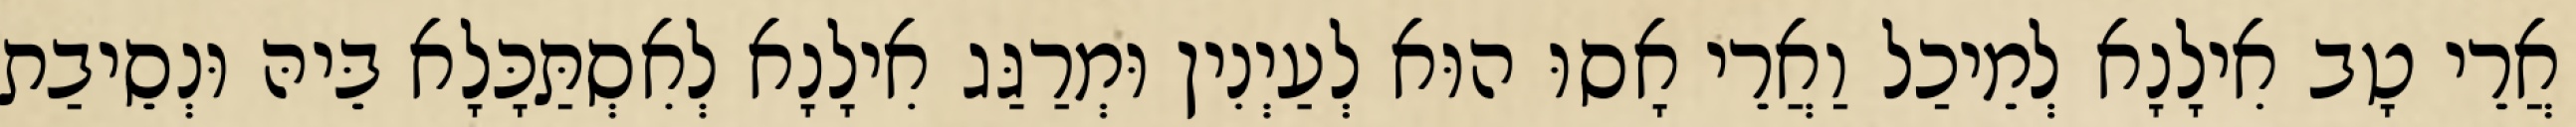
אֲרֵי טָב אִילָנָא לְמֵיכַל וַאֲרֵי אָסוּ הוּא לְעַיְנִין וּמְרַגַּג אִילָנָא לְאִסְתַּכָּלָא בֵּיהּ וּנְסֵיבַת